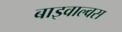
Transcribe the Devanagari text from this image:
बाइवाल्वस